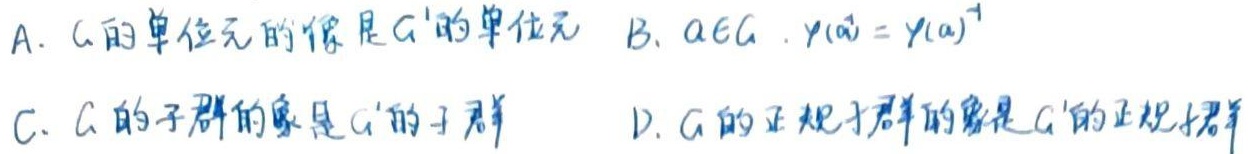
A. \(G\)的单位元的像是\(G'\)的单位元
B. \(a\in G,\ \varphi(a)=\varphi(a)^{-1}\)
C. \(G\)的子群的像是\(G'\)的子群
D. \(G\)的正规子群的像是\(G'\)的正规子群